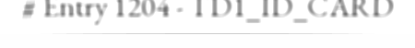
# Entry 1204 - TD1_ID_CARD